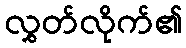
လွှတ်လိုက်၏